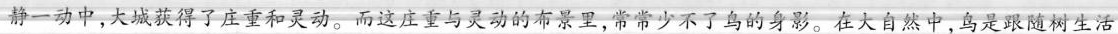
静一动中，大城获得了庄重和灵动。而这庄重与灵动的布景里，常常少不了鸟的身影。在大自然中，鸟是跟随树生活